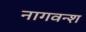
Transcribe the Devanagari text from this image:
नागवन्श